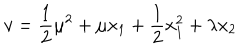
v = \frac { 1 } { 2 } \mu ^ { 2 } + \mu x _ { 1 } + \frac { 1 } { 2 } x _ { 1 } ^ { 2 } + \lambda x _ { 2 }